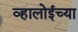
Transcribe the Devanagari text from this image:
व्हालोईच्या